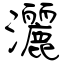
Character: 灑